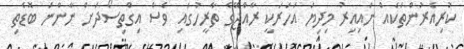
ކުރިއެރުންތަކެއް ނައިއިރު މިދިޔަ އަހަރަކީ ރާއްޖޭގެ ތާރީހުގައި ވެސް އިގްތިސޯދަށް ނާންނަ ބޮޑެތި